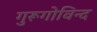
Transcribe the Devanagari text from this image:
गुरूगोविन्द